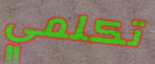
تكلمي